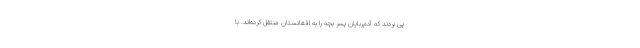
پی بردند که آدم‌ربایان پسر بچه را به افغانستان منتقل کرده‌اند. با